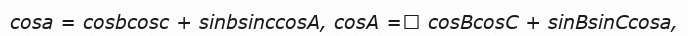
cosa = cosbcosc + sіnbsіnccosA, cosA = cosBcosC + sіnBsіnCcosa,